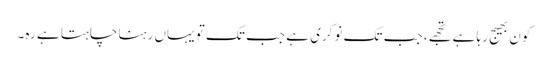
کون بھیج رہا ہے تجھے، جب تک نوکری ہے جب تک تو یہاں رہنا چاہتا ہے رہ۔